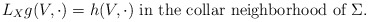
\begin{align*}L_X g (V, \cdot) = h(V, \cdot) \mbox{ in the collar neighborhood of } \Sigma. \end{align*}